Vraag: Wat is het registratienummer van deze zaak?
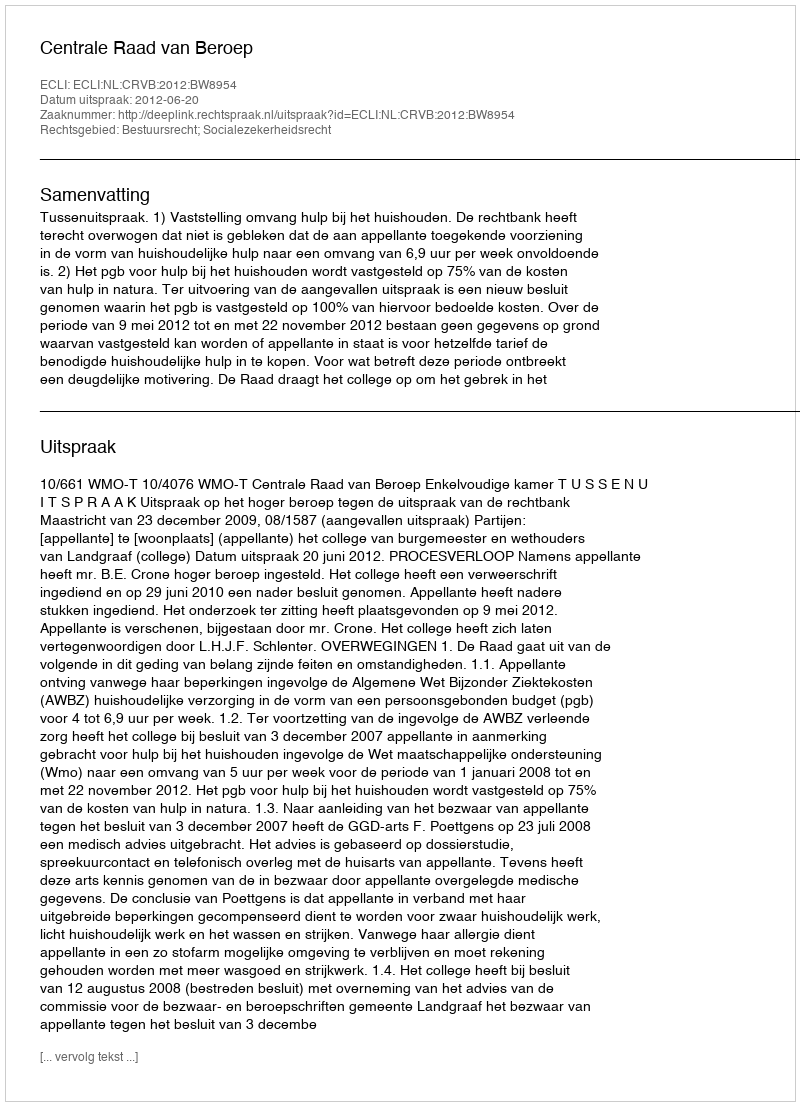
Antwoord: http://deeplink.rechtspraak.nl/uitspraak?id=ECLI:NL:CRVB:2012:BW8954